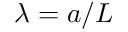
\lambda = a / L